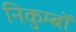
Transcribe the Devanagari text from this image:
निकुम्बों